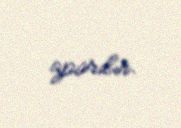
aparılır.